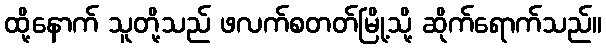
ထို့နောက် သူတို့သည် ဖလက်စတတ်မြို့သို့ ဆိုက်ရောက်သည်။